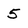
Character: 5